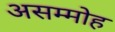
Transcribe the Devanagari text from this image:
असम्मोह